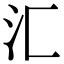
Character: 汇